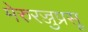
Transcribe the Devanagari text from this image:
मेरुरज्जुप्रसू